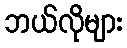
ဘယ်လိုများ